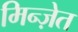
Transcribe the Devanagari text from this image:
मिन्ज़ेत